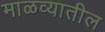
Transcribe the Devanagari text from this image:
माळव्यातील